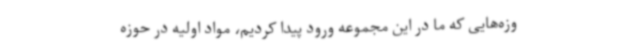
وزه‌هایی که ما در این مجموعه ورود پیدا کردیم، مواد اولیه در حوزه